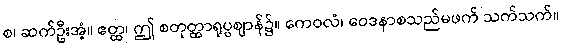
စ၊ ဆက်ဦးအံ့။ ဧတ္ထ၊ ဤ စတုတ္ထာရုပ္ပဈာန်၌။ ကေဝလံ၊ ဝေဒနာစသည်မဖက် သက်သက်။